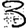
Digit: 3